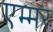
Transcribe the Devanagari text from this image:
एम्मर